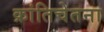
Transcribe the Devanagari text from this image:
क्रांतिचेतना